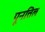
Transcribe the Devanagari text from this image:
पूनत्तिल